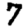
Digit: 7